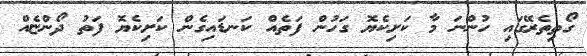
ގޯތިތެރޭގައި ހުންނަ މާ ކަށިކެޔޮ ގަހުން ފަތެއް ކަނޑައިގެން ކަށިކެޔޮ ފަތު ދޯންޏެއް